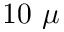
1 0 ~ \mu